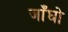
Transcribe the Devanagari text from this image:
जाँघो